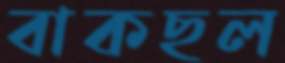
বাকছল